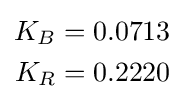
{\begin{aligned}K_{B}&=0.0713\\K_{R}&=0.2220\end{aligned}}